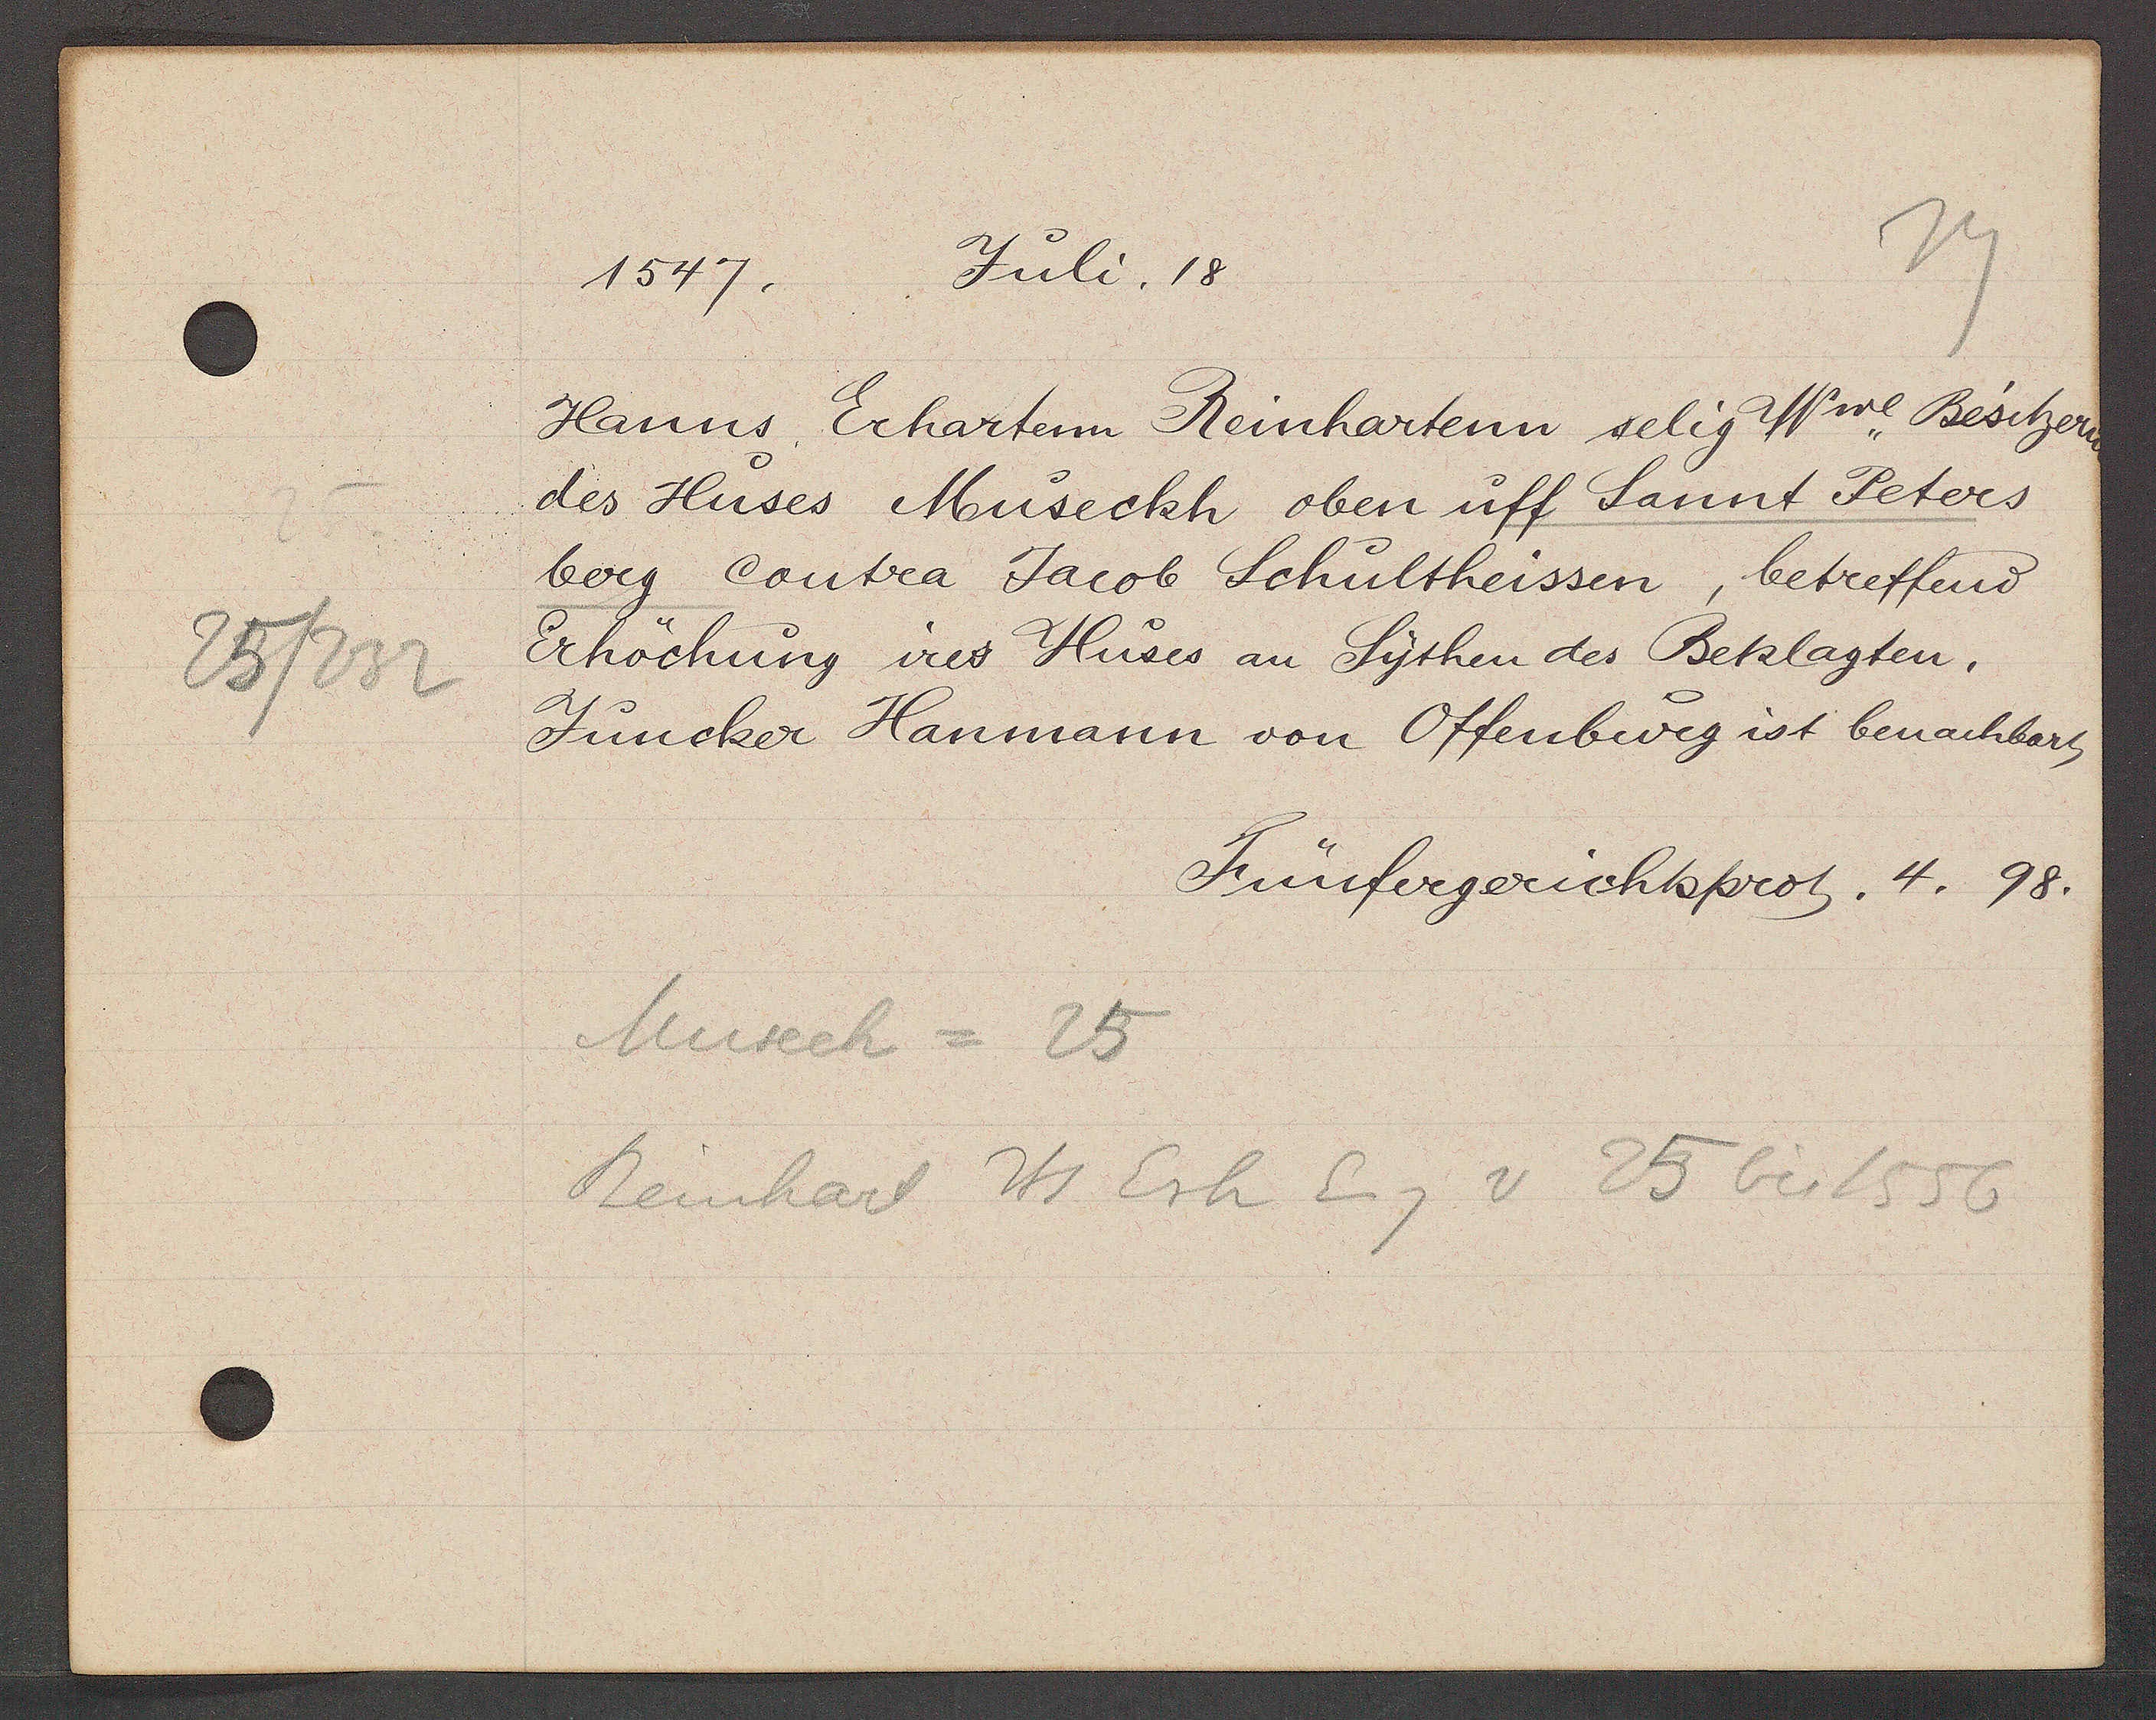
Transcript:
25/232

1547. Juli. 18.

Hanns, Erhartem Reinhartenn selig Wwe, Besitzer¬
des Huses Müseckh oben uff Sanut Peters
berg Contra Jacob Schultheissen, betreffend
Erhöchung ires Huses an Sythen des Beklagten.
Juncker Hanmann von Offenburg ist benachbart

Fünfergerichtsprot. 4. 98.

Müreck = 25
Reinhard Hs Erh Eig v 25 bis 1556